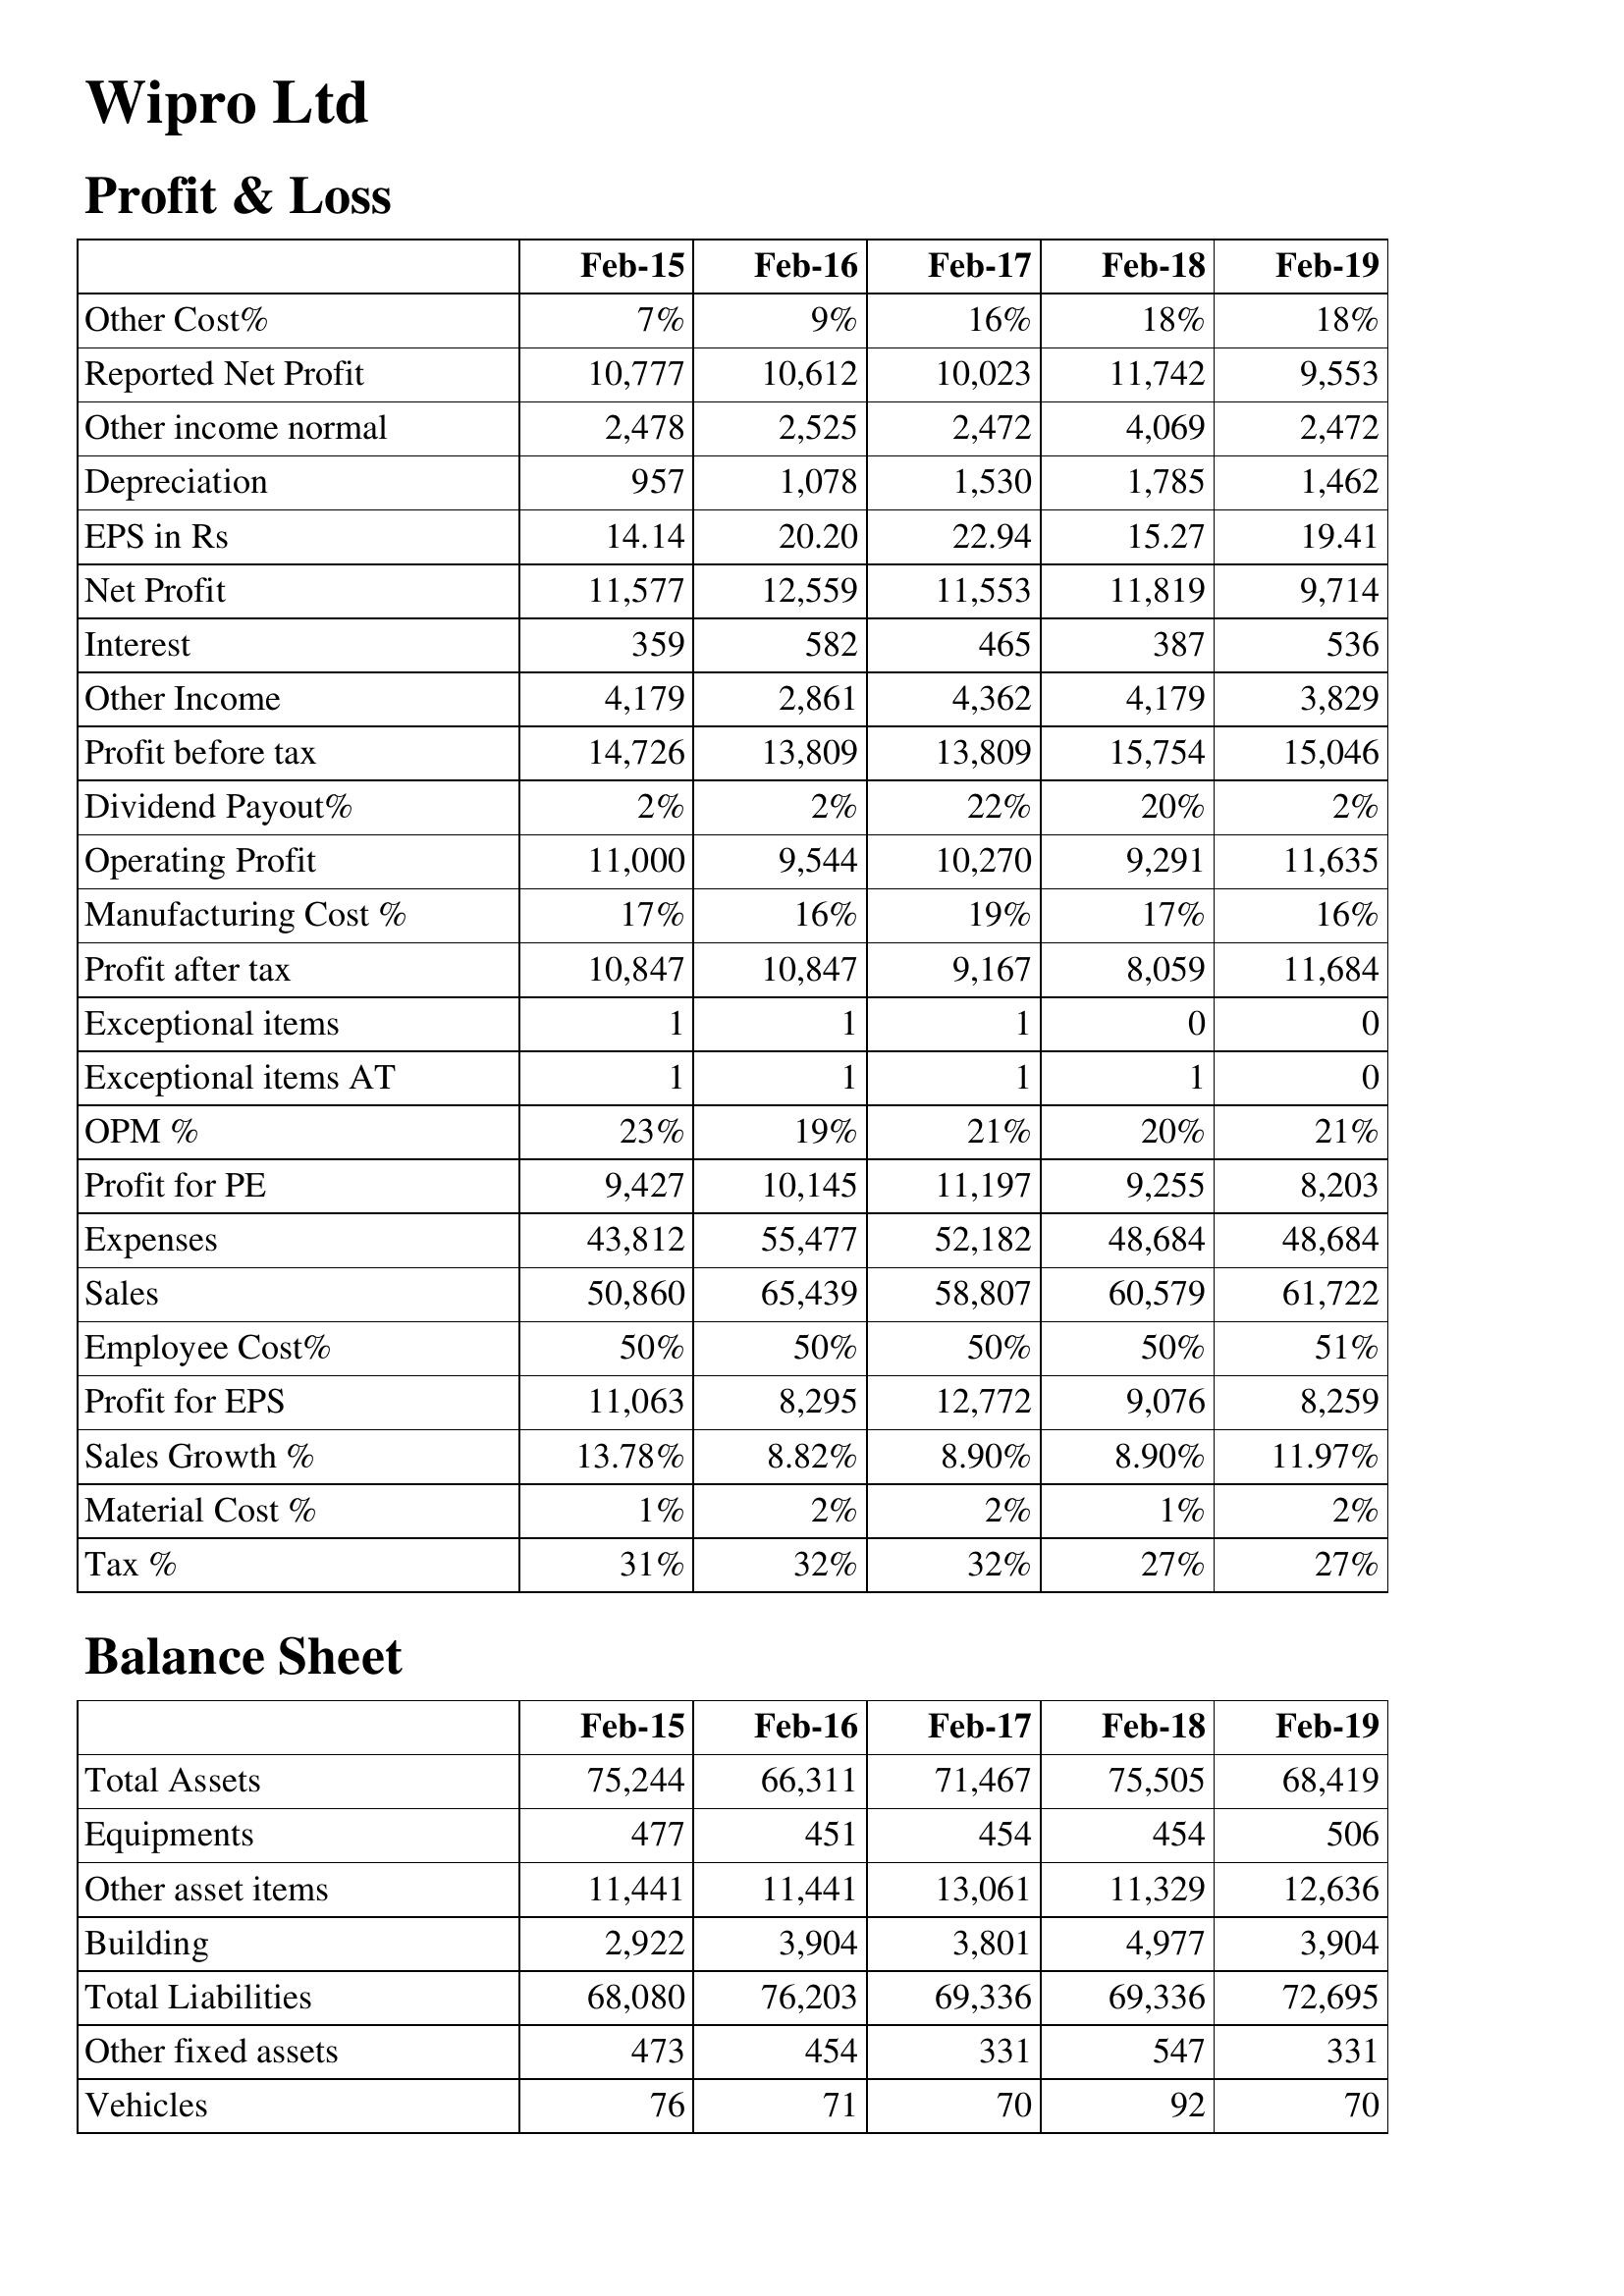
Feb-15: Profit & Loss: Other Cost%: 7%
Reported Net Profit: 10,777
Other income normal: 2,478
Depreciation: 957
EPS in Rs: 14.14
Net Profit: 11,577
Interest: 359
Other Income: 4,179
Profit before tax: 14,726
Dividend Payout%: 2%
Operating Profit: 11,000
Manufacturing Cost %: 17%
Profit after tax: 10,847
Exceptional items: 1
Exceptional items AT: 1
OPM %: 23%
Profit for PE: 9,427
Expenses: 43,812
Sales: 50,860
Employee Cost%: 50%
Profit for EPS: 11,063
Sales Growth %: 13.78%
Material Cost %: 1%
Tax %: 31%
Balance Sheet: Total Assets: 75,244
Equipments: 477
Other asset items: 11,441
Building: 2,922
Total Liabilities: 68,080
Other fixed assets: 473
Vehicles: 76
Feb-16: Profit & Loss: Other Cost%: 9%
Reported Net Profit: 10,612
Other income normal: 2,525
Depreciation: 1,078
EPS in Rs: 20.20
Net Profit: 12,559
Interest: 582
Other Income: 2,861
Profit before tax: 13,809
Dividend Payout%: 2%
Operating Profit: 9,544
Manufacturing Cost %: 16%
Profit after tax: 10,847
Exceptional items: 1
Exceptional items AT: 1
OPM %: 19%
Profit for PE: 10,145
Expenses: 55,477
Sales: 65,439
Employee Cost%: 50%
Profit for EPS: 8,295
Sales Growth %: 8.82%
Material Cost %: 2%
Tax %: 32%
Balance Sheet: Total Assets: 66,311
Equipments: 451
Other asset items: 11,441
Building: 3,904
Total Liabilities: 76,203
Other fixed assets: 454
Vehicles: 71
Feb-17: Profit & Loss: Other Cost%: 16%
Reported Net Profit: 10,023
Other income normal: 2,472
Depreciation: 1,530
EPS in Rs: 22.94
Net Profit: 11,553
Interest: 465
Other Income: 4,362
Profit before tax: 13,809
Dividend Payout%: 22%
Operating Profit: 10,270
Manufacturing Cost %: 19%
Profit after tax: 9,167
Exceptional items: 1
Exceptional items AT: 1
OPM %: 21%
Profit for PE: 11,197
Expenses: 52,182
Sales: 58,807
Employee Cost%: 50%
Profit for EPS: 12,772
Sales Growth %: 8.90%
Material Cost %: 2%
Tax %: 32%
Balance Sheet: Total Assets: 71,467
Equipments: 454
Other asset items: 13,061
Building: 3,801
Total Liabilities: 69,336
Other fixed assets: 331
Vehicles: 70
Feb-18: Profit & Loss: Other Cost%: 18%
Reported Net Profit: 11,742
Other income normal: 4,069
Depreciation: 1,785
EPS in Rs: 15.27
Net Profit: 11,819
Interest: 387
Other Income: 4,179
Profit before tax: 15,754
Dividend Payout%: 20%
Operating Profit: 9,291
Manufacturing Cost %: 17%
Profit after tax: 8,059
Exceptional items: 0
Exceptional items AT: 1
OPM %: 20%
Profit for PE: 9,255
Expenses: 48,684
Sales: 60,579
Employee Cost%: 50%
Profit for EPS: 9,076
Sales Growth %: 8.90%
Material Cost %: 1%
Tax %: 27%
Balance Sheet: Total Assets: 75,505
Equipments: 454
Other asset items: 11,329
Building: 4,977
Total Liabilities: 69,336
Other fixed assets: 547
Vehicles: 92
Feb-19: Profit & Loss: Other Cost%: 18%
Reported Net Profit: 9,553
Other income normal: 2,472
Depreciation: 1,462
EPS in Rs: 19.41
Net Profit: 9,714
Interest: 536
Other Income: 3,829
Profit before tax: 15,046
Dividend Payout%: 2%
Operating Profit: 11,635
Manufacturing Cost %: 16%
Profit after tax: 11,684
Exceptional items: 0
Exceptional items AT: 0
OPM %: 21%
Profit for PE: 8,203
Expenses: 48,684
Sales: 61,722
Employee Cost%: 51%
Profit for EPS: 8,259
Sales Growth %: 11.97%
Material Cost %: 2%
Tax %: 27%
Balance Sheet: Total Assets: 68,419
Equipments: 506
Other asset items: 12,636
Building: 3,904
Total Liabilities: 72,695
Other fixed assets: 331
Vehicles: 70